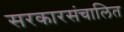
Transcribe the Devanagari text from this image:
सरकारसंचालित